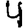
Digit: 4